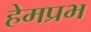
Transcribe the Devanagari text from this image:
हेमप्रभ